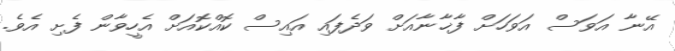
އޭނާ އަވަސް އަވަހަށް ފާޚާނާއަށް ވަދެފައި އައިސް ކޮއްކޮއަށް އެހީވާން ފެށި އެވެ.